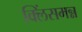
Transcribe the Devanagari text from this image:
क्लिंसमन्न